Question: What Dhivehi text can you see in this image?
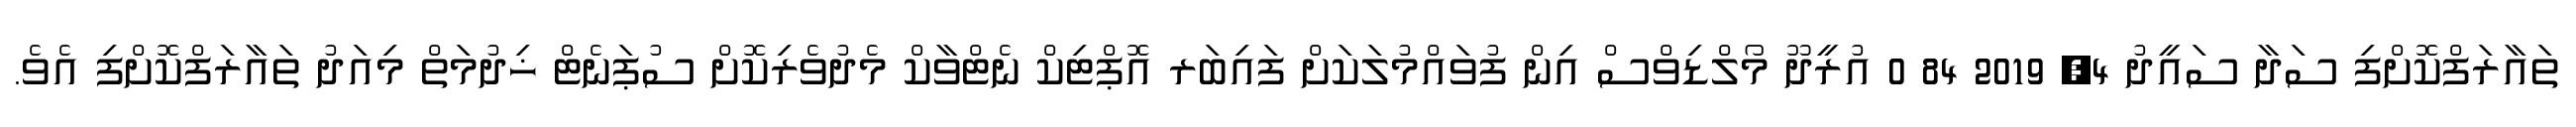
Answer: ތައާރަފްކޮށްފި ސަދާ ސައީދު 4, 2019 84 0 އުރީދޫ މޯލްޑިވްސް އިން ފުވައްމުލަކަށް ފައިބަރ އޮޕްޓިކް ނެޓްވާކް މެދުވެރިކޮށް ސުޕަނެޓް ޚިދުމަތް މިއަދު ތައާރަފްކޮށްފި އެވެ.